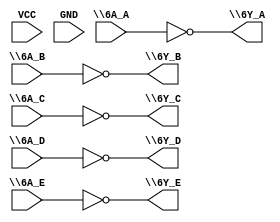
module part3 (
\6A_A ,
\6Y_A ,
VCC ,
GND ,
\6A_B ,
\6Y_B ,
\6A_C ,
\6Y_C ,
\6A_D ,
\6Y_D ,
\6A_E ,
// note: with space before the nl below
\6Y_E 
) ;

input \6A_A ;
output \6Y_A ;
input VCC ;
input GND ;
input \6A_B ;
output \6Y_B ;
input \6A_C ;
output \6Y_C ;
input \6A_D ;
output \6Y_D ;
input \6A_E ;
output \6Y_E ;

assign \6Y_A  = ~\6A_A ;
assign \6Y_B  = ~\6A_B ;
assign \6Y_C  = ~\6A_C ;
assign \6Y_D  = ~\6A_D ;
assign \6Y_E  = ~\6A_E ;

endmodule